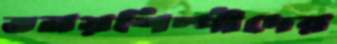
ভনয়শিল্পীদের